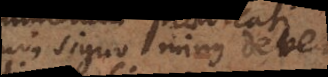
cum signo minus debet